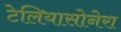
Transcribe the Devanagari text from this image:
टेलियासोनेरा